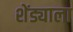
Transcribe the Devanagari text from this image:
शेंड्याला